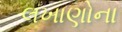
લખાણોના